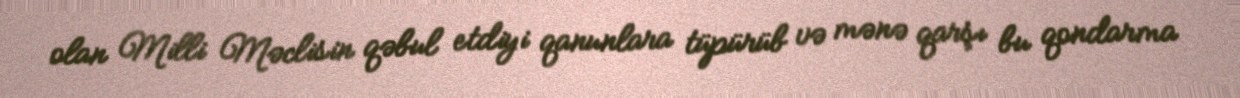
olan Milli Məclisin qəbul etdiyi qanunlara tüpürüb və mənə qarşı bu qondarma